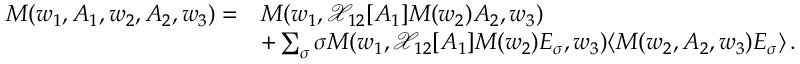
\begin{array} { r l } { M ( w _ { 1 } , A _ { 1 } , w _ { 2 } , A _ { 2 } , w _ { 3 } ) = } & { M ( w _ { 1 } , \mathcal { X } _ { 1 2 } [ A _ { 1 } ] M ( w _ { 2 } ) A _ { 2 } , w _ { 3 } ) } \\ & { + \sum _ { \sigma } \sigma M ( w _ { 1 } , \mathcal { X } _ { 1 2 } [ A _ { 1 } ] M ( w _ { 2 } ) E _ { \sigma } , w _ { 3 } ) \langle M ( w _ { 2 } , A _ { 2 } , w _ { 3 } ) E _ { \sigma } \rangle \, . } \end{array}